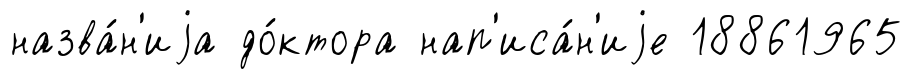
назва́н'иjа до́ктора нап'иса́н'иjе 18861965